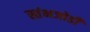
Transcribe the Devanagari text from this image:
स्तंभजोडी